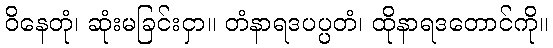
ဝိနေတုံ၊ ဆုံးမခြင်းငှာ။ တံနာရဒပပ္ပတံ၊ ထိုနာရဒတောင်ကို။